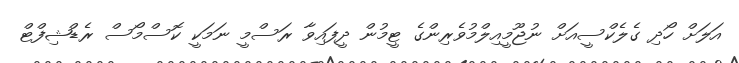
އަލަށް ހޯދި ގެލެކްސީއަށް ނުޖޫމީއިލްމުވެރިންގެ ޓީމުން ދީފައިވާ ރަސްމީ ނަމަކީ ކޮސްމޯސް ރެޑްޝިފްޓް